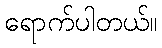
ရောက်ပါတယ်။